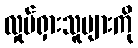
လှုပ်ရှားသူများကို